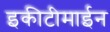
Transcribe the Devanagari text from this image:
इकीटीमाईन